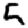
Digit: 5